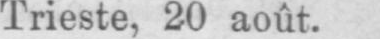
Trieste, 20 août.